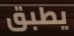
يطبق